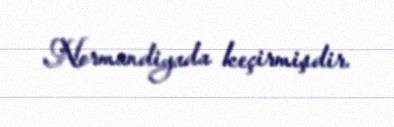
Normandiyada keçirmişdir.